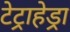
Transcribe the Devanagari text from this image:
टेट्राहेड्रा